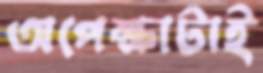
অপেক্ষাটাই